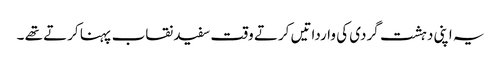
یہ اپنی دہشت گردی کی وارداتیں کرتے وقت سفید نقاب پہنا کرتے تھے ۔